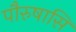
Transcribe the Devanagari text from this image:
पौरुषासि